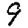
Digit: 9